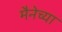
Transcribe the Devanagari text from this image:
मैनेच्या